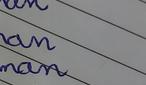
Signature authenticity: genuine